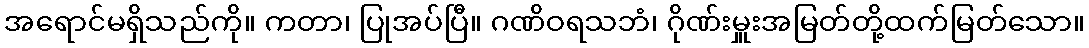
အရောင်မရှိသည်ကို။ ကတာ၊ ပြုအပ်ပြီ။ ဂဏိဝရသဘံ၊ ဂိုဏ်းမှူးအမြတ်တို့ထက်မြတ်သော။